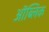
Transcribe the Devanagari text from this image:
ऑब्लिक